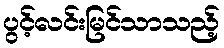
ပွင့်လင်းမြင်သာသည့်